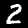
Label: 2